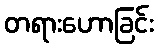
တရားဟောခြင်း